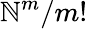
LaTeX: \mathbb{N}^{m}/m!